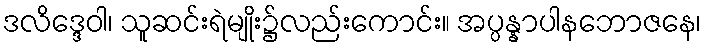
ဒလိဒ္ဒေဝါ၊ သူဆင်းရဲမျိုး၌လည်းကောင်း။ အပ္ပန္နာပါနဘောဇနေ၊